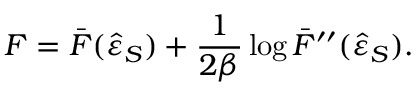
F = \bar { F } ( \hat { \varepsilon } _ { S } ) + \frac { 1 } { 2 \beta } \log { \bar { F } ^ { \prime \prime } ( \hat { \varepsilon } _ { S } ) } .